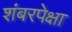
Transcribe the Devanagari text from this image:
शंबरपेक्षा